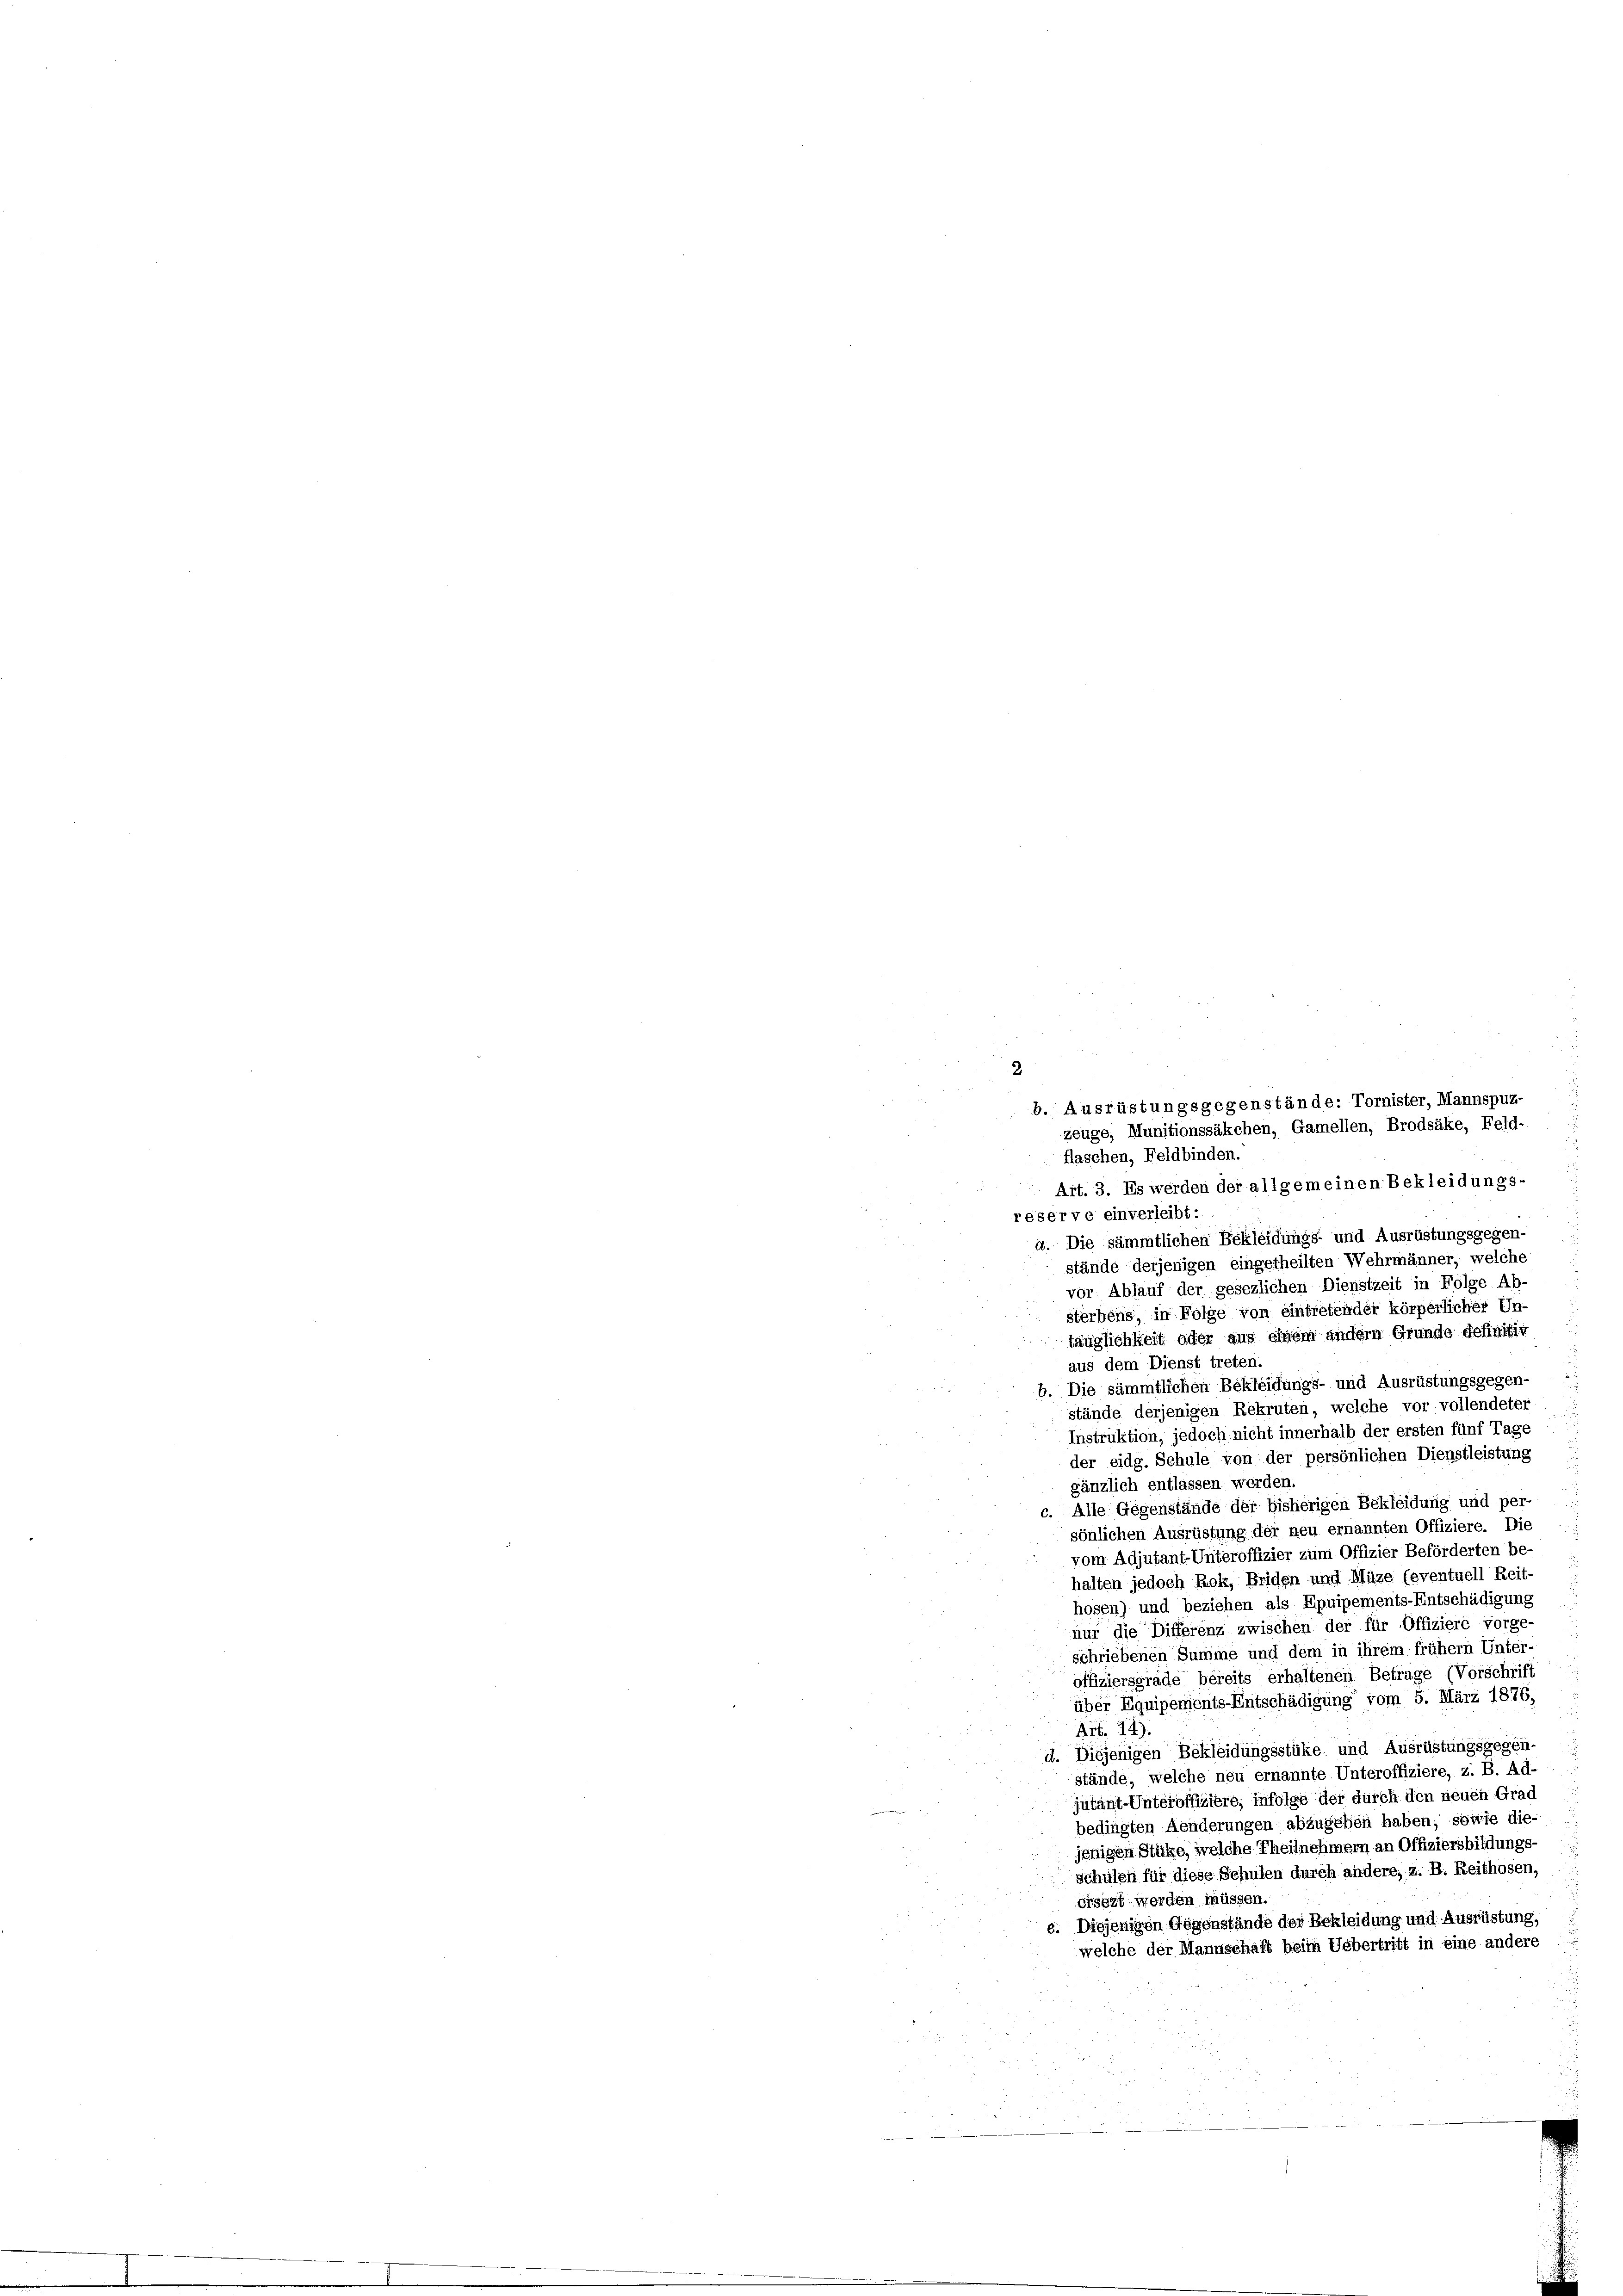
flaschen, Feldbinden.
Art. 3. Es werden der allgemeinen Bekleidungs-
reserve einverleibt:
a. Die sämmtlichen Bekleidungs- und Ausrüstungsgegen-
stände derjenigen eingetheilten Wehrmänner, welche
vor Ablauf der gesezlichen Dienstzeit in Folge Ab-
sterbens, in Folge von eintretender körperlicher Un-
tänglichkeit oder aus einem andern Grunde definitiv
aus dem Dienst treten.
b. Die sämmtlichen Bekleidungs- und Ausrüstungsgegen-
.
stände derjenigen Rekruten, welche vor vollendeter
Instruktion, jedoch nicht innerhalb der ersten fünf Tage
der eidg. Schule von der persönlichen Dienstleistung
gänzlich entlassen werden.
c. Alle Gegenstände der bisherigen Bekleidung und per-
sönlichen Ausrüstung der neu ernannten Offiziere. Die
vom Adjutant-Unteroffizier zum Offizier Beförderten be-
halten jedoch Rok, Briden und Müze (eventuell Reit
hosen) und beziehen als Epuipements-Entschädigung
nur die Differenz zwischen der für Offiziere vorge-
schriebenen Summe und dem in ihrem frühem Unter-
offiziersgrade bereits erhaltenen Betrage (Vorschrift
über Equipements-Entschädigung vom 5. März 1876,
Art. 14).
d. Diejenigen Bekleidungsstüke und Ausrüstungsgegen-
stände, welche neu ernannte Unteroffiziere, z. B. Ad-
jutant-Unteroffiziere, infolge der durch den neuen Grad
bedingten Aenderungen abzugeben haben; sowie die-
jenigen Stüke, welche Theilnehmern an Offiziersbildungs-
schulen für diese Schulen durch andere, z. B. Reithosen,
ersezt werden müssen.
e. Diejenigen Gegenstände der Bekleidung und Ausrüstung,
welche der Mannschaft beim Uebertritt in eine andere

2.
b. Ausrüstungsgegenstände: Tornister, Mannspuz-
zeuge, Munitionssäkchen, Gamellen, Brodsäke, Feld-